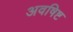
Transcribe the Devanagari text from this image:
अवषिष्ट